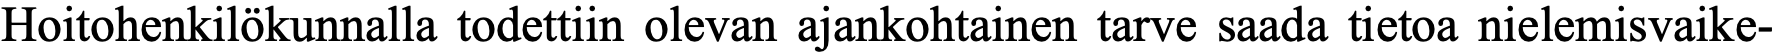
Hoitohenkilökunnalla todettiin olevan ajankohtainen tarve saada tietoa nielemisvaike-